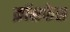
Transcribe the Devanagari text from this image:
क्रॉसफेस